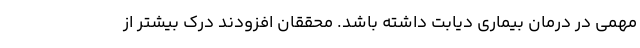
مهمی در درمان بیماری دیابت داشته باشد. محققان افزودند درک بیشتر از